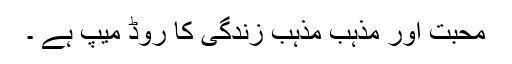
محبّت اور مذہب مذہب زندگی کا روڈ میپ ہے ۔